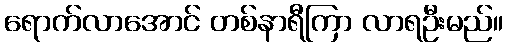
ရောက်လာအောင် တစ်နာရီကြာ လာရဦးမည်။